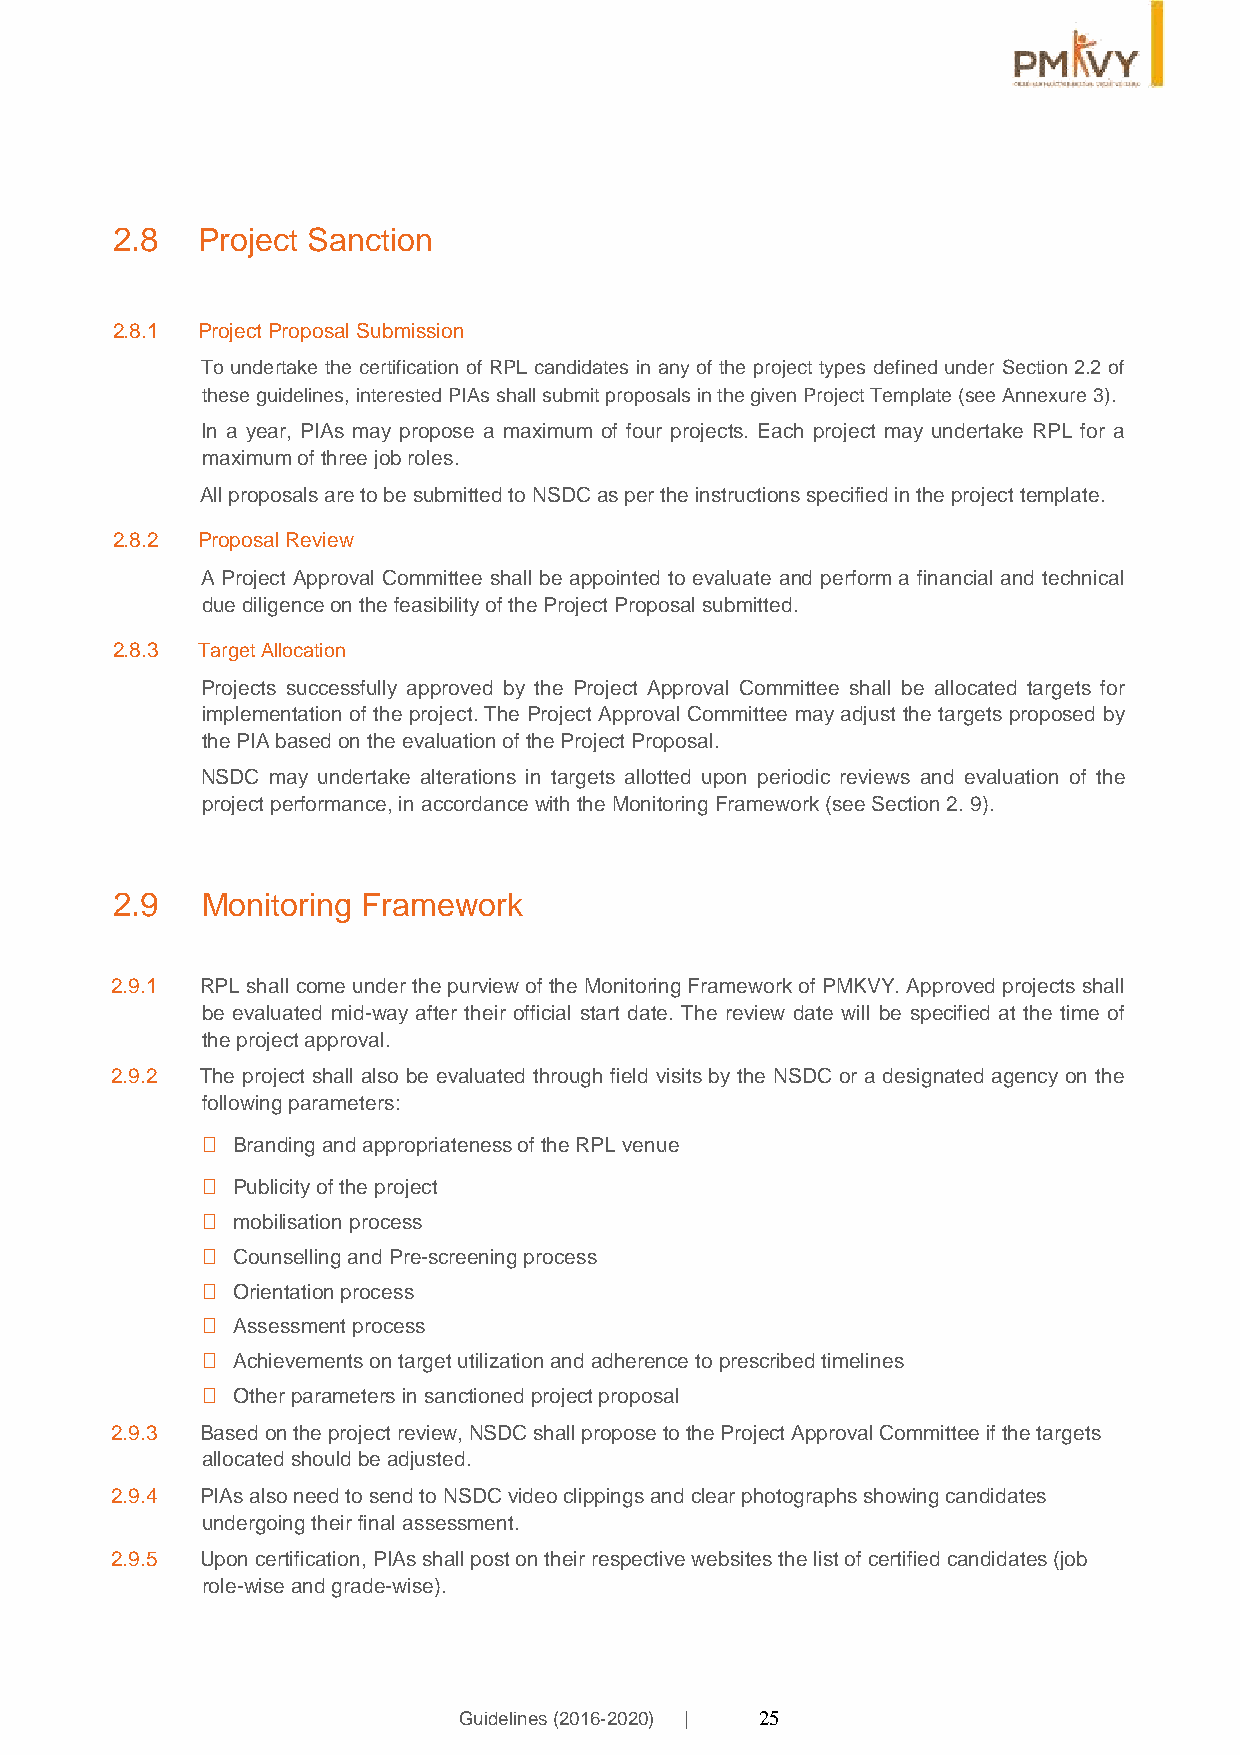
2.8   Project Sanction
 2.8.1 Project Proposal Submission
 To undertake the certification of RPL candidates in any of the project types defined under Section 2.2 of
 these guidelines, interested PIAs shall submit proposals in the given Project Template (see Annexure 3).
 In a year, PIAs may propose a maximum of four projects. Each project may undertake RPL for a
 maximum of three job roles.
 All proposals are to be submitted to NSDC as per the instructions specified in the project template.
 2.8.2 Proposal Review
 A Project Approval Committee shall be appointed to evaluate and perform a financial and technical
 due diligence on the feasibility of the Project Proposal submitted.
 2.8.3 Target Allocation
 Projects successfully approved by the Project Approval Committee shall be allocated targets for
 implementation of the project. The Project Approval Committee may adjust the targets proposed by
 the PIA based on the evaluation of the Project Proposal.
 NSDC may undertake alterations in targets allotted upon periodic reviews and evaluation of the
 project performance, in accordance with the Monitoring Framework (see Section 2. 9).
 2.9   Monitoring Framework
 2.9.1 RPL shall come under the purview of the Monitoring Framework of PMKVY. Approved projects shall
 be evaluated mid-way after their official start date. The review date will be specified at the time of
 the project approval.
 2.9.2 The project shall also be evaluated through field visits by the NSDC or a designated agency on the
 following parameters:
  Branding and appropriateness of the RPL venue
  Publicity of the project
  mobilisation process
  Counselling and Pre-screening process
  Orientation process
  Assessment process
  Achievements on target utilization and adherence to prescribed timelines
  Other parameters in sanctioned project proposal
 2.9.3 Based on the project review, NSDC shall propose to the Project Approval Committee if the targets
 allocated should be adjusted.
 2.9.4 PIAs also need to send to NSDC video clippings and clear photographs showing candidates
 undergoing their final assessment.
 2.9.5 Upon certification, PIAs shall post on their respective websites the list of certified candidates (job
 role-wise and grade-wise).
 Guidelines (2016-2020) | 25